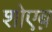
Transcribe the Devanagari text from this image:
शोएब़